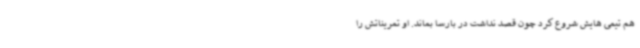
هم تیمی هایش شروع کرد چون قصد نداشت در بارسا بماند. او تمریناتش را